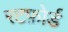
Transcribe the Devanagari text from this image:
रटफ़ोर्ड